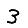
Digit: 3